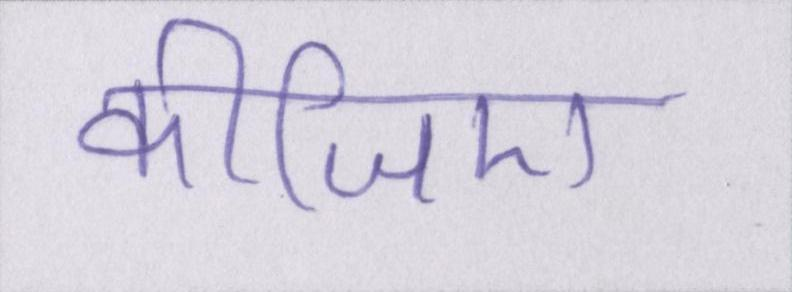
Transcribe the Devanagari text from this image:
कीजिए